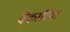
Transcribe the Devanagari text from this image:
वेकारिया